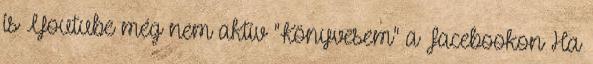
is Youtube még nem aktív "Könyvesem" a Facebookon Ha